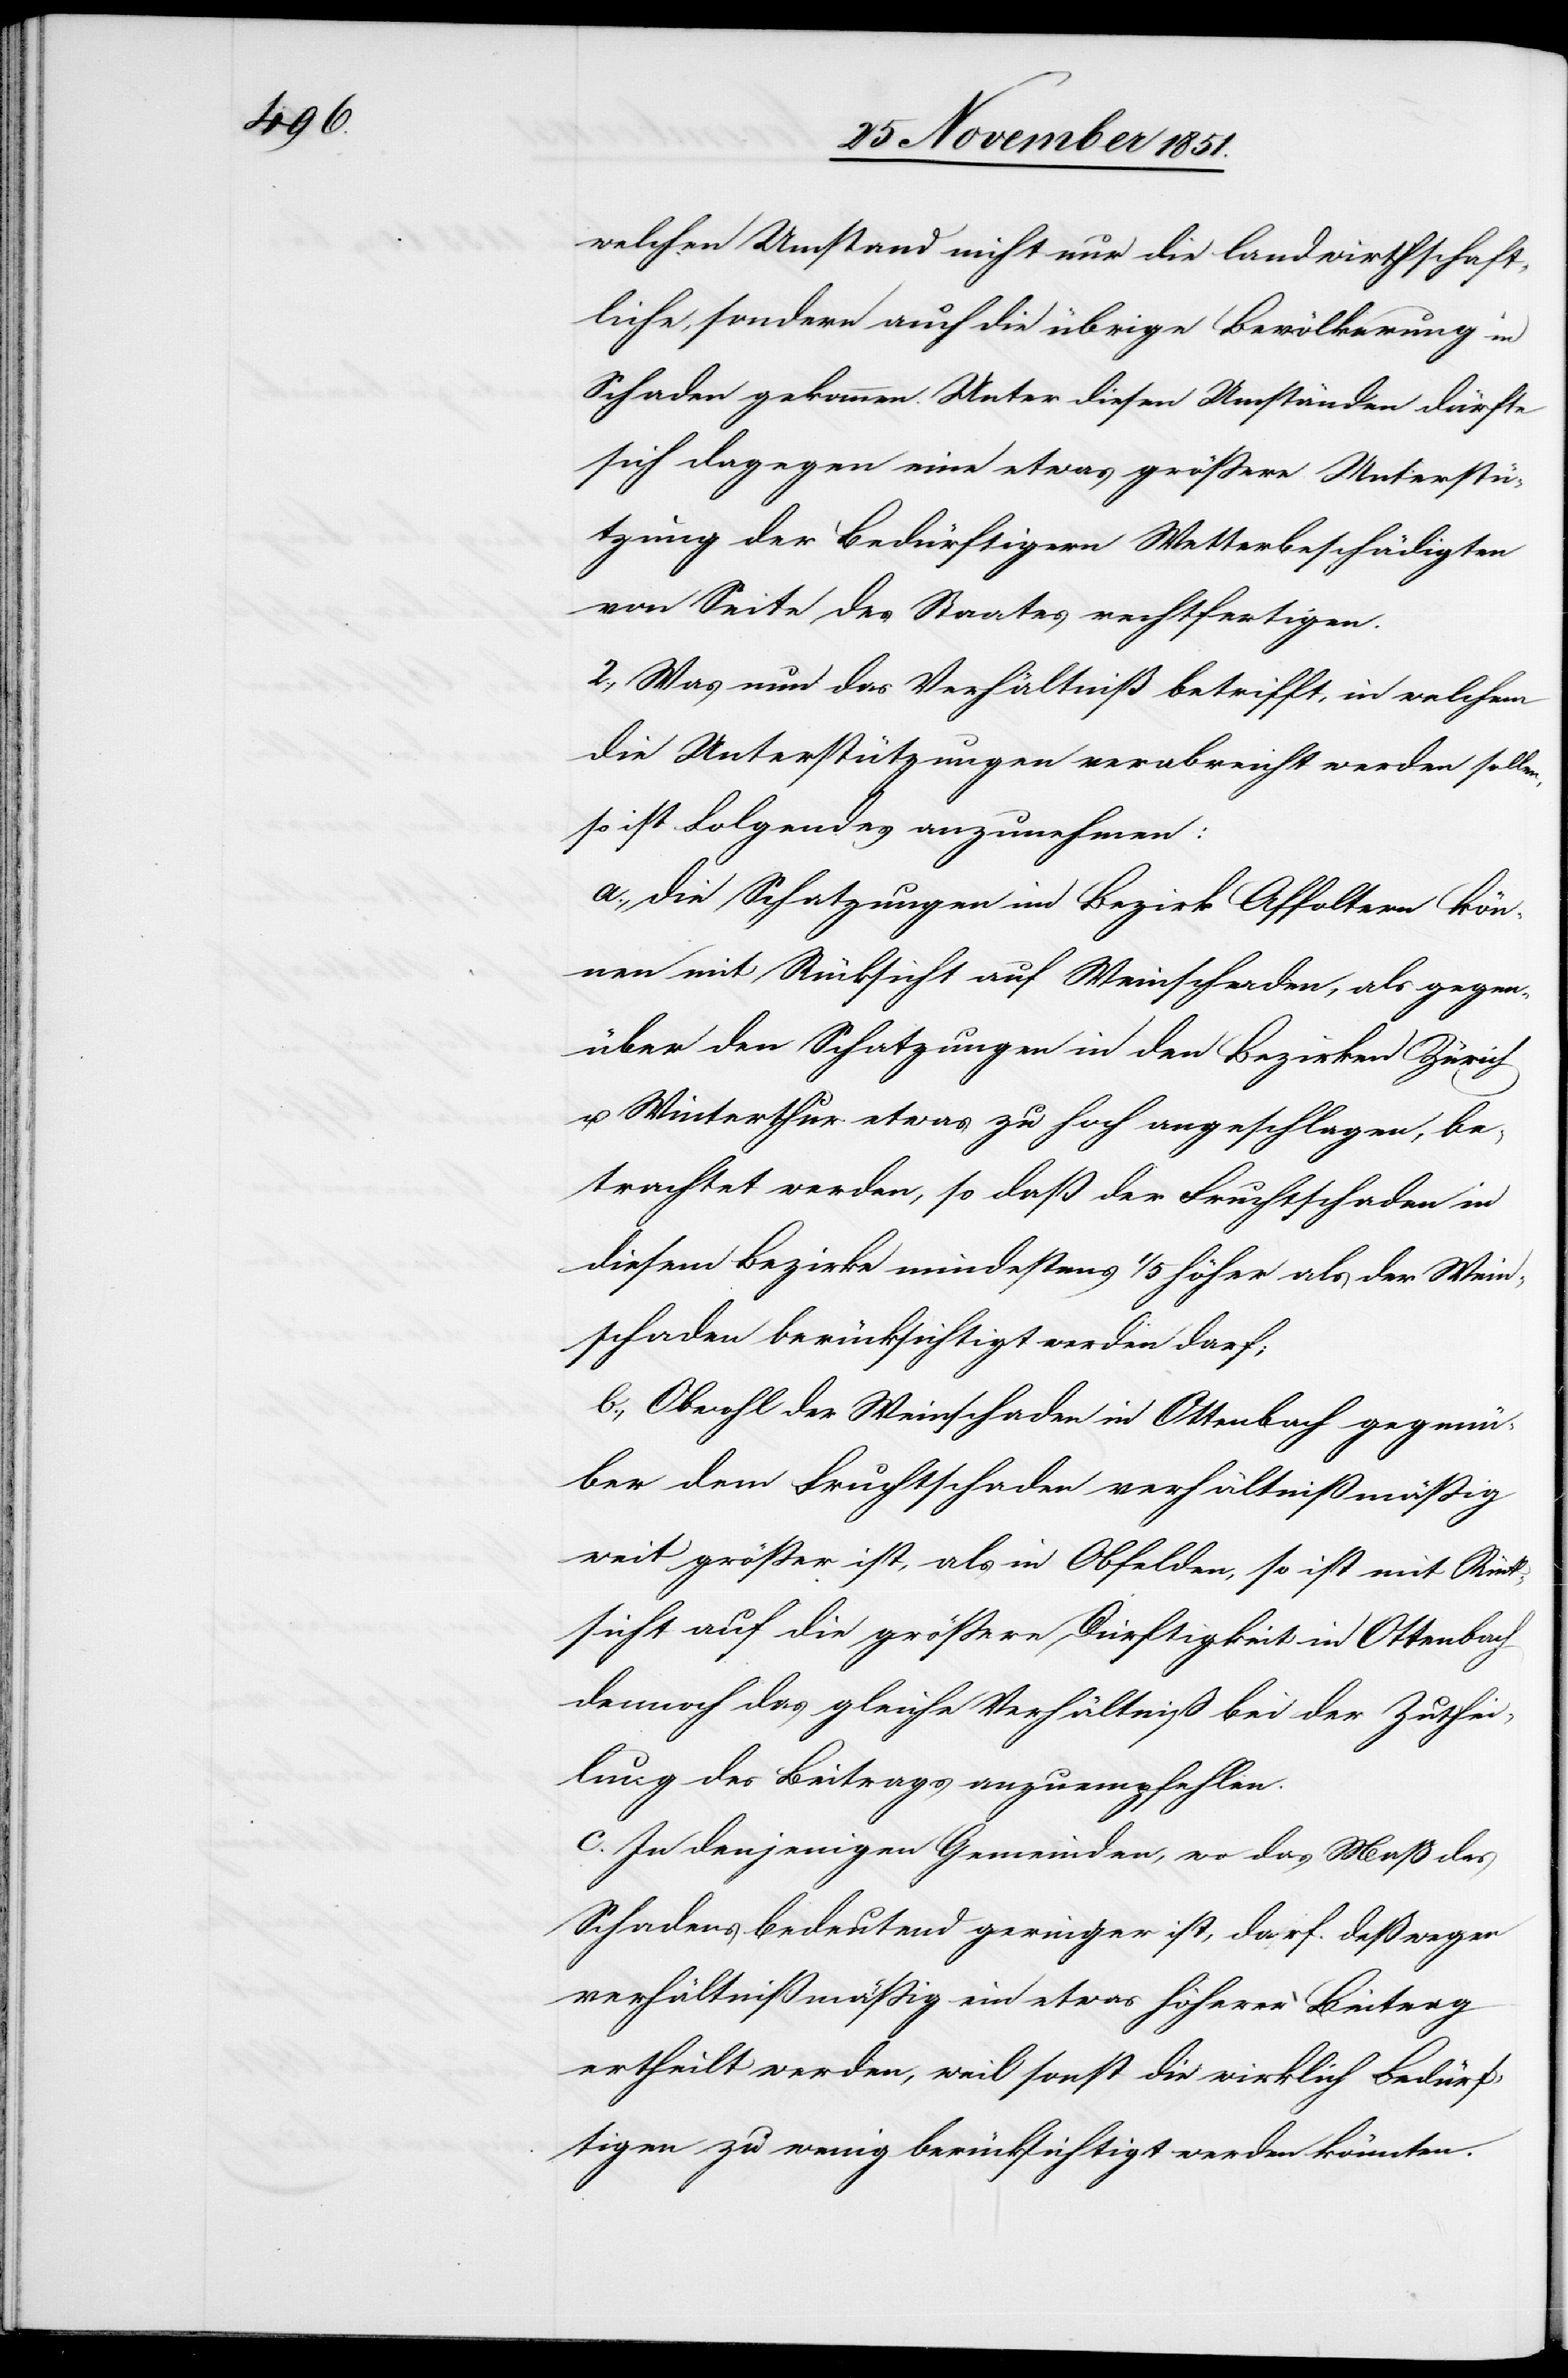
welchen Umstand nicht nur die landwirthschaft¬
liche, sondern auch die übrige Bevölkerung in
Schaden gekommen. Unter diesen Umständen dürfte
sich dagegen eine etwas größere Unterstü¬
tzung der Bedürftigern [sic!] Wetterbeschädigten
von Seite des Staates rechtfertigen.
2., Was nun das Verhältniß betrifft, in welchem
die Unterstützungen verabreicht werden sollen,
so ist Folgendes anzunehmen:
a., die Schatzungen im Bezirk Affoltern kön¬
nen mit Rücksicht auf Weinschaden, als gegen¬
über den Schatzungen in den Bezirken Zürich
u. Winterthur etwas zu hoch angeschlagen, be¬
trachtet werden, so daß der Fruchtschaden in
diesem Bezirke mindestens 1/5 höher als der Wein¬
schaden berücksichtigt werden darf;
b., Obwohl der Weinschaden in Ottenbach gegenü¬
ber dem Fruchtschaden verhältnißmäßig
weit größer ist, als in Obfelden, so ist mit Rück¬
sicht auf die größere Dürftigkeit in Ottenbach
dennoch das gleiche Verhältniß bei der Zuthei¬
lung des Beitrags anzuempfehlen.
c. In denjenigen Gemeinden, wo das Maß des
Schadens bedeutend geringer ist, darf deßwegen
verhältnißmäßig ein etwas höherer Beitrag
ertheilt werden, weil sonst die wirklich Bedürf¬
tigen zu wenig berücksichtigt werden könnten.